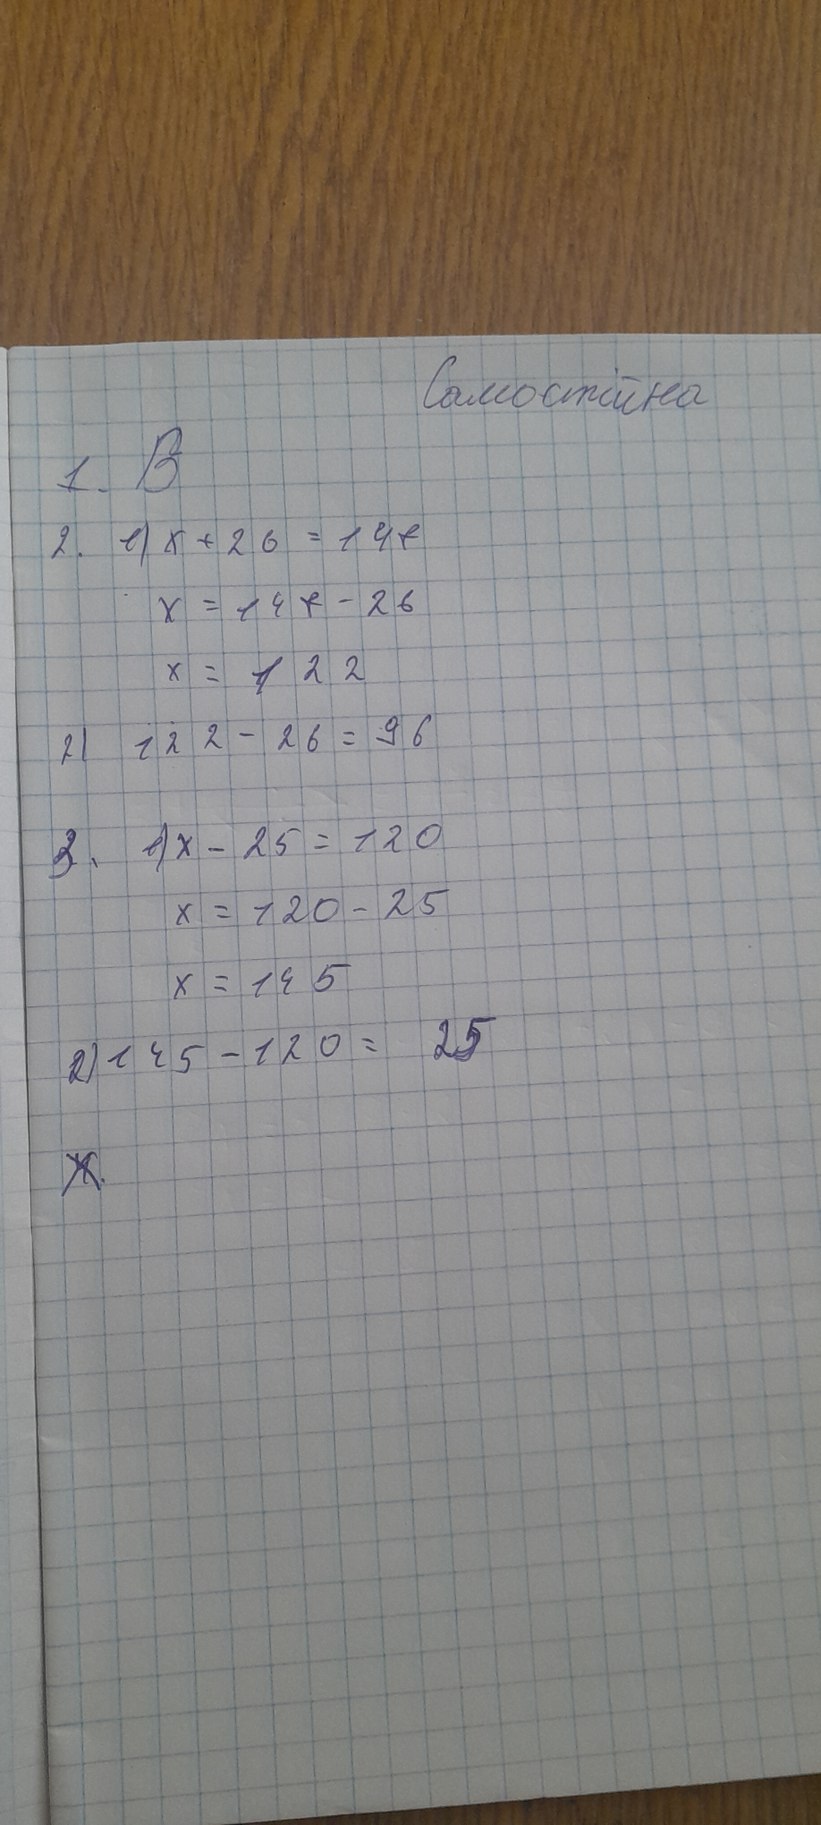
Самостійна
1. B
2. 1) х + 26 = 148
x = 148 - 26
x = 122
2) 122 - 26 = 96
3. 1) x - 25 = 120
x = 120 - 25
x = 145
2) 145 - 120 = 25